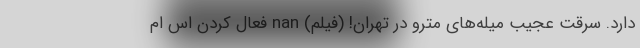
دارد. سرقت عجیب میله‌های مترو در تهران! (فیلم) nan فعال کردن اس ام